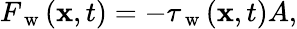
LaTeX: F_{\mathrm{~w~}}(\mathbf{x},t)=-\tau_{\mathrm{~w~}}(\mathbf{x},t)A,